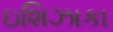
ઇશિઝાકા